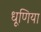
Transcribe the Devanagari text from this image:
धूणिया